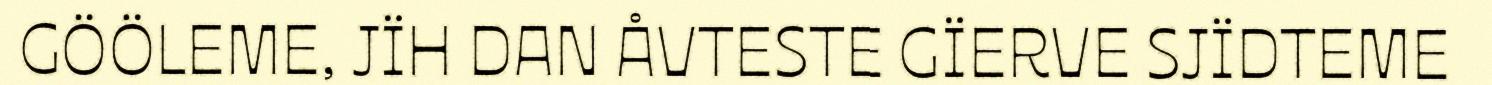
GÖÖLEME, JÏH DAN ÅVTESTE GÏERVE SJÏDTEME